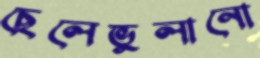
ছেলেভুলানো